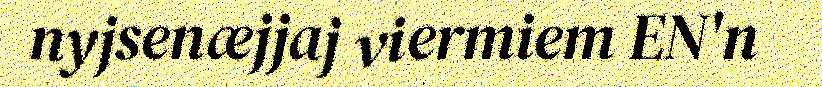
nyjsenæjjaj viermiem EN'n